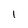
Character: l